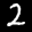
Label: 2